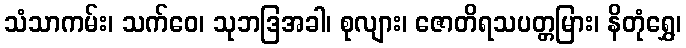
သံသာကမ်း၊ သက်ဝေ၊ သုဘဒြအခါ၊ စုလျား၊ ဇောတိရသပတ္တမြား၊ နိတုံရွှေ၊